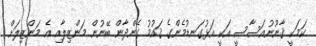
ކަމަކީ ޤާނޫނުއަސާސީ އަކީ އަޅުގަނޑުމެންގެ ޤައުމު ގެންދާން ބޭނުން މަންޒިލާއި އެ މަންޒިލަށް